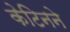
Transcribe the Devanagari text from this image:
केटिनने